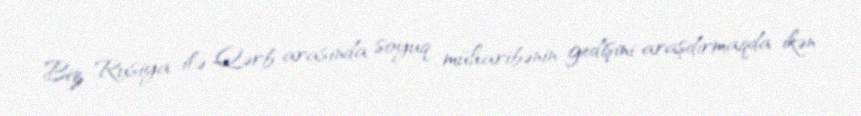
Biz Rusiya ilə Qərb arasında soyuq müharibənin gedişini araşdırmaqda ikən